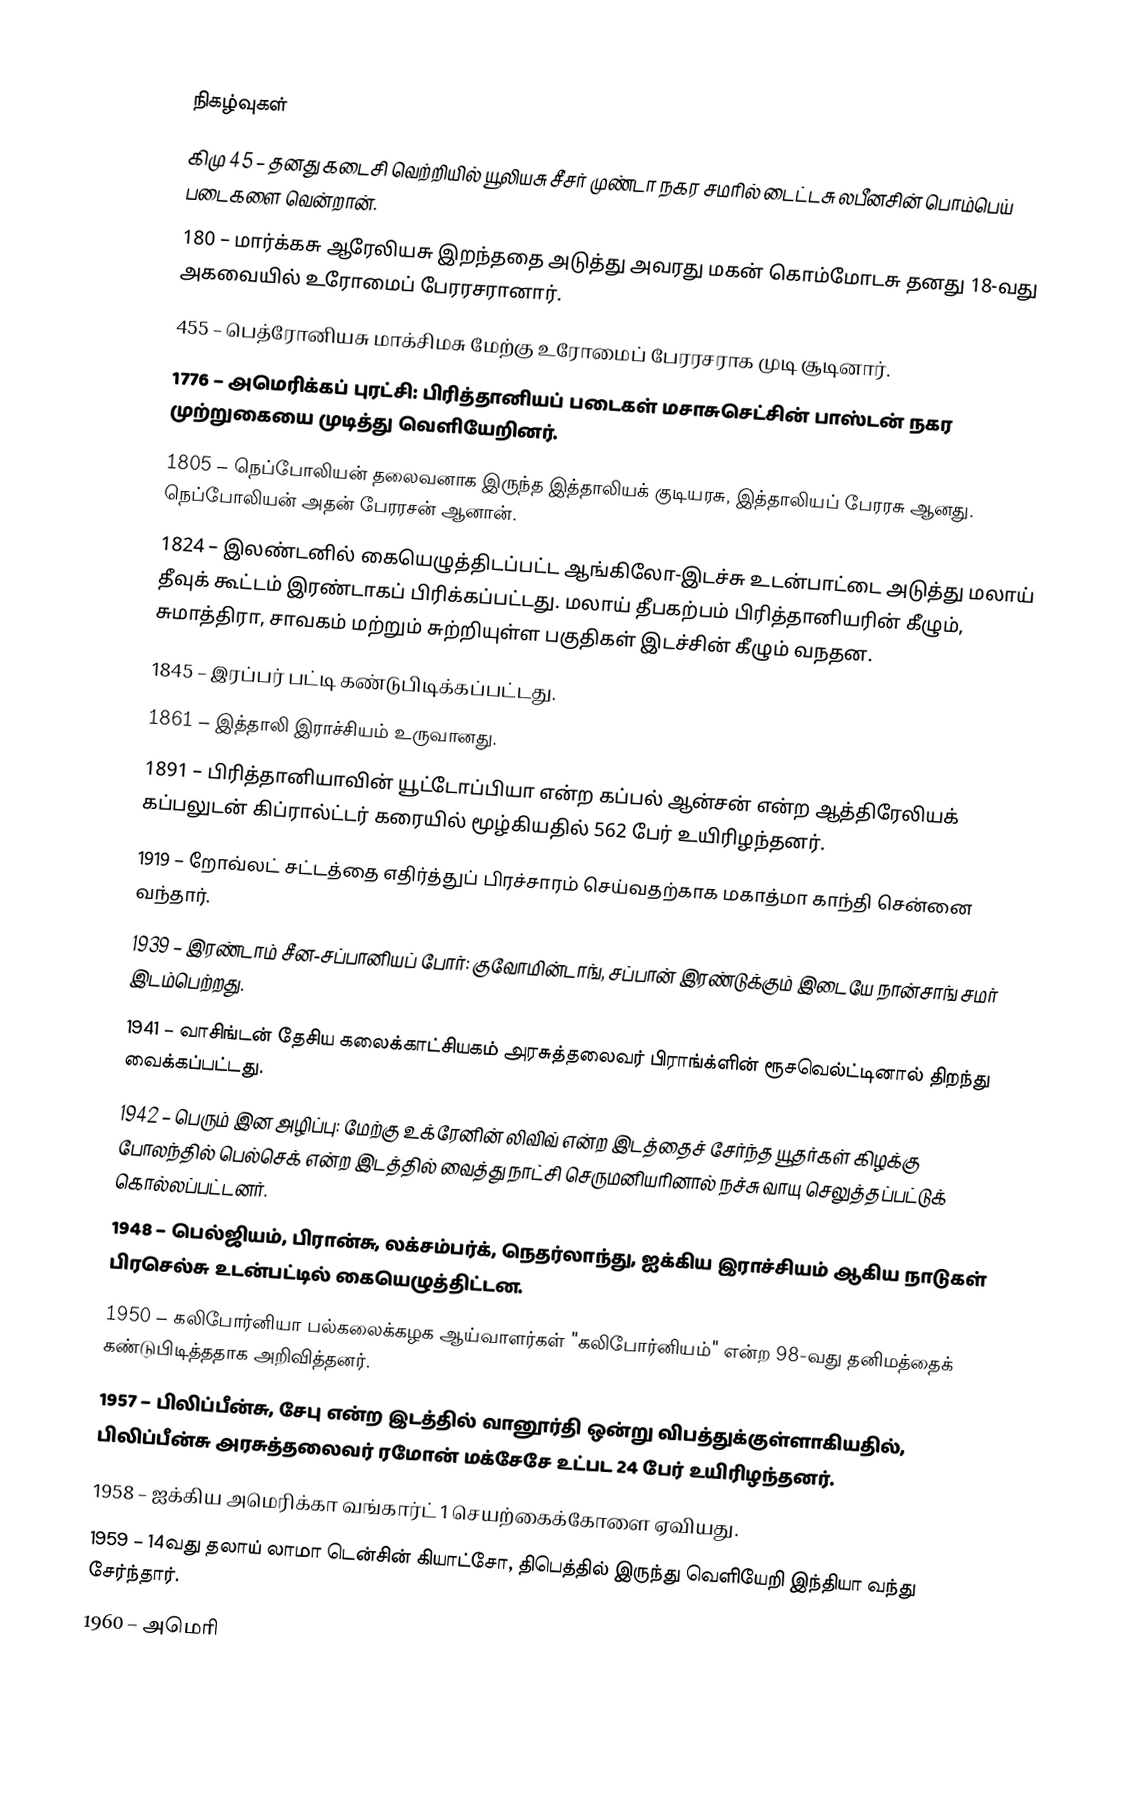

நிகழ்வுகள்
கிமு 45 – தனது கடைசி வெற்றியில் யூலியசு சீசர் முண்டா நகர சமரில் டைட்டசு லபீனசின் பொம்பெய் படைகளை வென்றான்.
180 – மார்க்கசு ஆரேலியசு இறந்ததை அடுத்து அவரது மகன் கொம்மோடசு தனது 18-வது அகவையில் உரோமைப் பேரரசரானார்.
455 – பெத்ரோனியசு மாக்சிமசு மேற்கு உரோமைப் பேரரசராக முடி சூடினார்.
1776 – அமெரிக்கப் புரட்சி: பிரித்தானியப் படைகள் மசாசுசெட்சின் பாஸ்டன் நகர முற்றுகையை முடித்து வெளியேறினர்.
1805 – நெப்போலியன் தலைவனாக இருந்த இத்தாலியக் குடியரசு, இத்தாலியப் பேரரசு ஆனது. நெப்போலியன் அதன் பேரரசன் ஆனான்.
1824 – இலண்டனில் கையெழுத்திடப்பட்ட ஆங்கிலோ-இடச்சு உடன்பாட்டை அடுத்து மலாய் தீவுக் கூட்டம் இரண்டாகப் பிரிக்கப்பட்டது. மலாய் தீபகற்பம் பிரித்தானியரின் கீழும், சுமாத்திரா, சாவகம் மற்றும் சுற்றியுள்ள பகுதிகள் இடச்சின் கீழும் வநதன.
1845 – இரப்பர் பட்டி கண்டுபிடிக்கப்பட்டது.
1861 – இத்தாலி இராச்சியம் உருவானது.
1891 – பிரித்தானியாவின் யூட்டோப்பியா என்ற கப்பல் ஆன்சன் என்ற ஆத்திரேலியக் கப்பலுடன் கிப்ரால்ட்டர் கரையில் மூழ்கியதில் 562 பேர் உயிரிழந்தனர்.
1919 – றோவ்லட் சட்டத்தை எதிர்த்துப் பிரச்சாரம் செய்வதற்காக மகாத்மா காந்தி சென்னை வந்தார்.
1939 – இரண்டாம் சீன-சப்பானியப் போர்: குவோமின்டாங், சப்பான் இரண்டுக்கும் இடையே நான்சாங் சமர் இடம்பெற்றது.
1941 – வாசிங்டன் தேசிய கலைக்காட்சியகம் அரசுத்தலைவர் பிராங்க்ளின் ரூசவெல்ட்டினால் திறந்து வைக்கப்பட்டது.
1942 – பெரும் இன அழிப்பு: மேற்கு உக்ரேனின் லிவிவ் என்ற இடத்தைச் சேர்ந்த யூதர்கள் கிழக்கு போலந்தில் பெல்செக் என்ற இடத்தில் வைத்து நாட்சி செருமனியரினால் நச்சு வாயு செலுத்தப்பட்டுக் கொல்லப்பட்டனர்.
1948 – பெல்ஜியம், பிரான்சு, லக்சம்பர்க், நெதர்லாந்து, ஐக்கிய இராச்சியம் ஆகிய நாடுகள் பிரசெல்சு உடன்பட்டில் கையெழுத்திட்டன.
1950 – கலிபோர்னியா பல்கலைக்கழக ஆய்வாளர்கள் "கலிபோர்னியம்" என்ற 98-வது தனிமத்தைக் கண்டுபிடித்ததாக அறிவித்தனர்.
1957 – பிலிப்பீன்சு, சேபு என்ற இடத்தில் வானூர்தி ஒன்று விபத்துக்குள்ளாகியதில், பிலிப்பீன்சு அரசுத்தலைவர் ரமோன் மக்சேசே உட்பட 24 பேர் உயிரிழந்தனர்.
1958 – ஐக்கிய அமெரிக்கா வங்கார்ட் 1 செயற்கைக்கோளை ஏவியது.
1959 – 14வது தலாய் லாமா டென்சின் கியாட்சோ, திபெத்தில் இருந்து வெளியேறி இந்தியா வந்து சேர்ந்தார்.
1960 – அமெரி